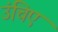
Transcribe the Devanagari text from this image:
उंचिए